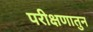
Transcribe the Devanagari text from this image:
परीक्षणातुन